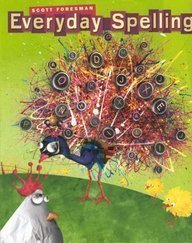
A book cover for Spelling 2008 Teacher Edition Grade 5; James Beers; Reference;